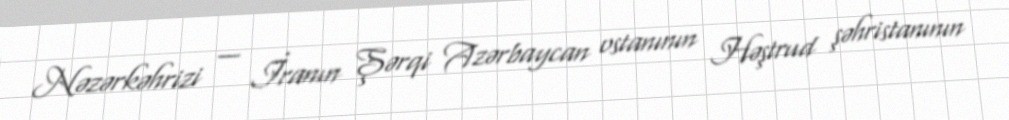
Nəzərkəhrizi — İranın Şərqi Azərbaycan ostanının Həştrud şəhristanının